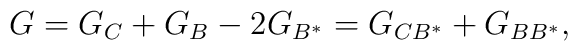
G=G_{C}+G_{B}-2G_{B^{\ast}}=G_{CB^{\ast}}+G_{BB^{\ast}},